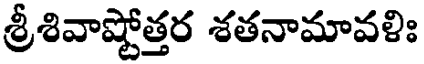
శ్రీశివాష్టోత్తర శతనామావళిః